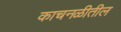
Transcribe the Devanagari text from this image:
काचनळीतील